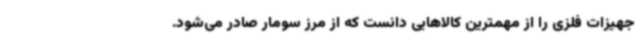
جهیزات فلزی را از مهمترین کالاهایی دانست که از مرز سومار صادر می‌شود.